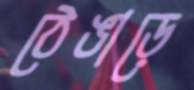
ঠেঙাড়ে